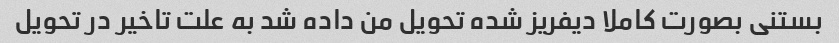
بستنی بصورت کاملا دیفریز شده تحویل من داده شد به علت تاخیر در تحویل